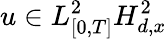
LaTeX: u\in L_{[0,T]}^{2}H_{d,x}^{2}